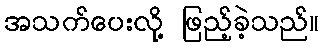
အသက်ပေးလို့ ဖြည့်ခဲ့သည်။